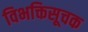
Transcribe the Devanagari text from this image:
विभक्तिसूचक